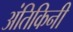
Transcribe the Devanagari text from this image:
अंतिकिनी